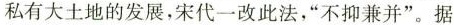
私有大土地的发展，宋代一改此法，“不抑兼并”。据